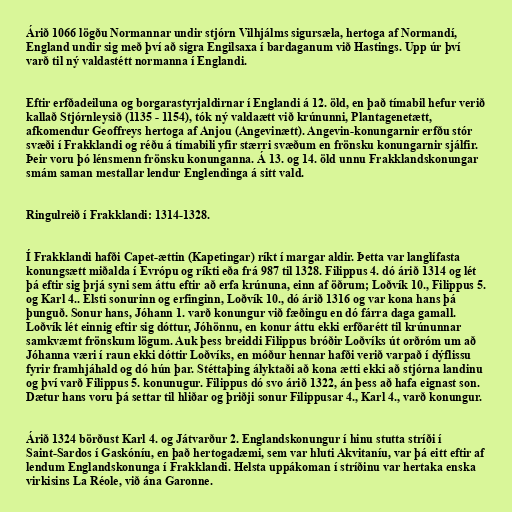
Árið 1066 lögðu Normannar undir stjórn Vilhjálms sigursæla, hertoga af Normandí,
England undir sig með því að sigra Engilsaxa í bardaganum við Hastings. Upp úr því
varð til ný valdastétt normanna í Englandi.

Eftir erfðadeiluna og borgarastyrjaldirnar í Englandi á 12. öld, en það tímabil hefur verið
kallað Stjórnleysið (1135 - 1154), tók ný valdaætt við krúnunni, Plantagenetætt,
afkomendur Geoffreys hertoga af Anjou (Angevinætt). Angevin-konungarnir erfðu stór
svæði í Frakklandi og réðu á tímabili yfir stærri svæðum en frönsku konungarnir sjálfir.
Þeir voru þó lénsmenn frönsku konunganna. Á 13. og 14. öld unnu Frakklandskonungar
smám saman mestallar lendur Englendinga á sitt vald.

Ringulreið í Frakklandi: 1314-1328.

Í Frakklandi hafði Capet-ættin (Kapetingar) ríkt í margar aldir. Þetta var langlífasta
konungsætt miðalda í Evrópu og ríkti eða frá 987 til 1328. Filippus 4. dó árið 1314 og lét
þá eftir sig þrjá syni sem áttu eftir að erfa krúnuna, einn af öðrum; Loðvík 10., Filippus 5.
og Karl 4.. Elsti sonurinn og erfinginn, Loðvík 10., dó árið 1316 og var kona hans þá
þunguð. Sonur hans, Jóhann 1. varð konungur við fæðingu en dó fárra daga gamall.
Loðvík lét einnig eftir sig dóttur, Jóhönnu, en konur áttu ekki erfðarétt til krúnunnar
samkvæmt frönskum lögum. Auk þess breiddi Filippus bróðir Loðvíks út orðróm um að
Jóhanna væri í raun ekki dóttir Loðvíks, en móður hennar hafði verið varpað í dýflissu
fyrir framhjáhald og dó hún þar. Stéttaþing ályktaði að kona ætti ekki að stjórna landinu
og því varð Filippus 5. konunugur. Filippus dó svo árið 1322, án þess að hafa eignast son.
Dætur hans voru þá settar til hliðar og þriðji sonur Filippusar 4., Karl 4., varð konungur.

Árið 1324 börðust Karl 4. og Játvarður 2. Englandskonungur í hinu stutta stríði í
Saint-Sardos í Gaskóníu, en það hertogadæmi, sem var hluti Akvitaníu, var þá eitt eftir af
lendum Englandskonunga í Frakklandi. Helsta uppákoman í stríðinu var hertaka enska
virkisins La Réole, við ána Garonne.